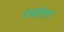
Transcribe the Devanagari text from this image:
प्रयोगां